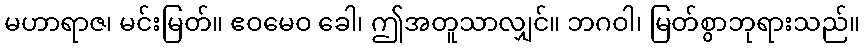
မဟာရာဇ၊ မင်းမြတ်။ ဧဝမေဝ ခေါ၊ ဤအတူသာလျှင်။ ဘဂဝါ၊ မြတ်စွာဘုရားသည်။